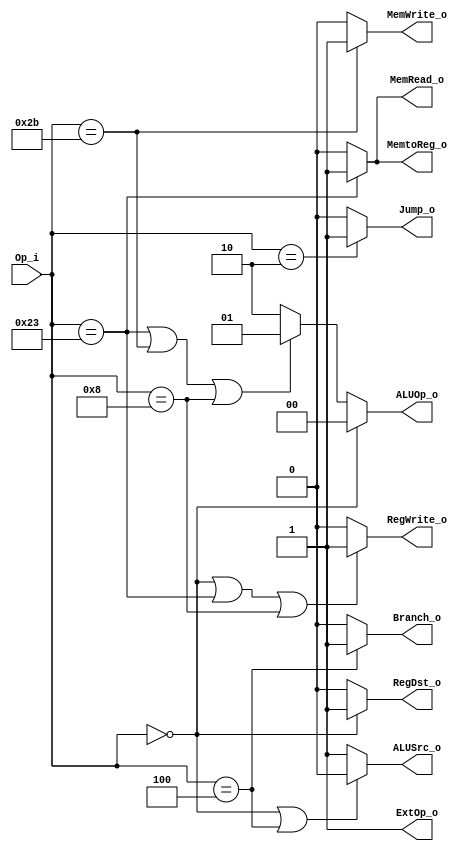
module Control(Op_i, RegDst_o, ALUSrc_o, MemtoReg_o, RegWrite_o, MemWrite_o, Branch_o, Jump_o, ExtOp_o, ALUOp_o, MemRead_o);

input	[5:0]	Op_i;
output			RegDst_o, ALUSrc_o, MemtoReg_o, RegWrite_o, MemWrite_o, Branch_o, Jump_o, ExtOp_o, MemRead_o;
output	[1:0]	ALUOp_o;

// RegDst: 0:I-type, 1:R-type
assign RegDst_o = (Op_i == 6'd0) ? 1'd1 : 1'd0;

// ALUSrc: 0:R-type, 1:I-type
assign ALUSrc_o = (Op_i == 6'd0 || Op_i == 6'b000100) ? 1'd0 : 1'd1;

assign MemtoReg_o = (Op_i == 6'b100011) ? 1'd1 : 1'd0;

assign RegWrite_o = (Op_i == 6'b000000 || Op_i == 6'b100011|| Op_i == 6'b001000) ? 1'd1 : 1'd0;

assign MemWrite_o = (Op_i == 6'b101011) ? 1'd1 : 1'd0;

assign Branch_o = (Op_i == 6'b000100) ? 1'd1 : 1'd0;

assign Jump_o = (Op_i == 6'b000010) ? 1'd1 : 1'd0;

assign ExtOp_o = 1'd1;

// ALUOp: 0:R-type, 1:add, 2:sub
assign ALUOp_o = (Op_i == 6'd0) ? 2'd0 :
				 (Op_i == 6'b100011 || Op_i == 6'b101011 || Op_i == 6'b001000) ? 2'd1 : 2'd2;


// always need to write
// assign RegWrite_o = 1'd1;

assign MemRead_o = (Op_i == 6'b100011) ? 1'd1 : 1'd0;

endmodule